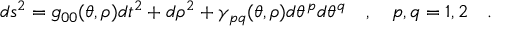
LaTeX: d s ^ { 2 } = g _ { 0 0 } ( \theta , \rho ) d t ^ { 2 } + d \rho ^ { 2 } + \gamma _ { p q } ( \theta , \rho ) d \theta ^ { p } d \theta ^ { q } ~ ~ ~ , { } ~ ~ ~ p , q = 1 , 2 ~ ~ ~ .